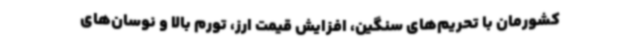
کشورمان با تحریم‌های سنگین، افزایش قیمت ارز، تورم بالا و نوسان‌های